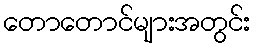
တောတောင်များအတွင်း